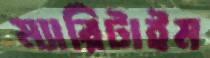
ম্যারিটাইম